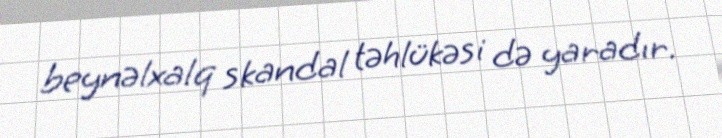
beynəlxalq skandal təhlükəsi də yaradır.